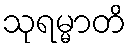
သုရမ္မာတိ